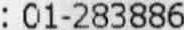
: 01-283886